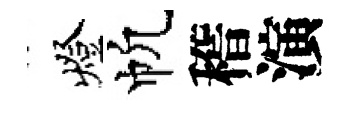
燈帆稽演